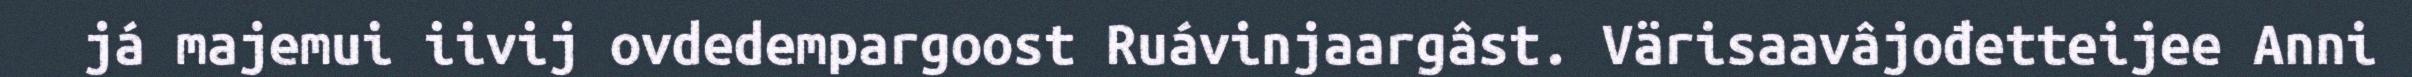
já majemui iivij ovdedempargoost Ruávinjaargâst. Värisaavâjođetteijee Anni